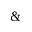
\&